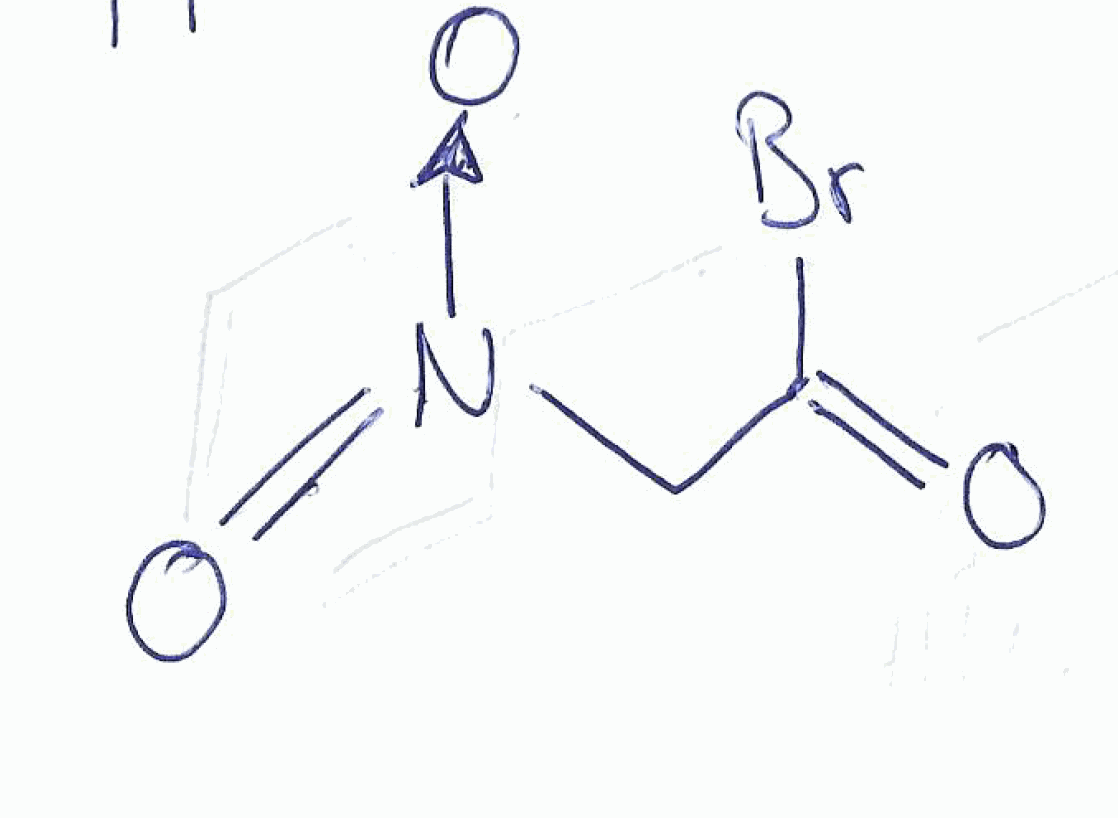
Simplified molecular-input line-entry system (SMILES) notation of the given molecule:
C(C(=O)Br)[N+](=O)[O-]